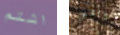
اشتم ونفس